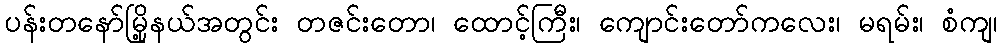
ပန်းတနော်မြို့နယ်အတွင်း တဇင်းတော၊ ထောင့်ကြီး၊ ကျောင်းတော်ကလေး၊ မရမ်း၊ စံကျ၊